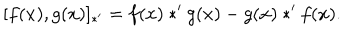
[ f ( x ) , g ( x ) ] _ { \ast ^ { \prime } } = f ( x ) * ^ { \prime } g ( x ) - g ( x ) * ^ { \prime } f ( x ) .